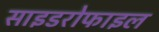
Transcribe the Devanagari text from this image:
साइडरोफाइल